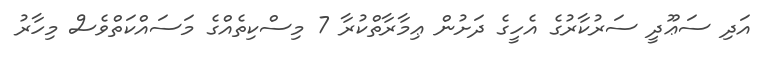
އަދި ސަޢޫދީ ސަރުކާރުގެ އެހީގެ ދަށުން ޢިމާރާތްކުރާ 7 މިސްކިތެއްގެ މަސައްކަތްވެސް މިހާރު